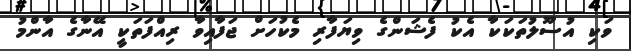
ވަކި އުސޫލުތަކަކާ އެކު ފެޝަންގެ ވިޔަފާރި މެކުހަށް ޖަފާއިވާ ރިއްފަތަކީ އޭނާގެ އާންމު